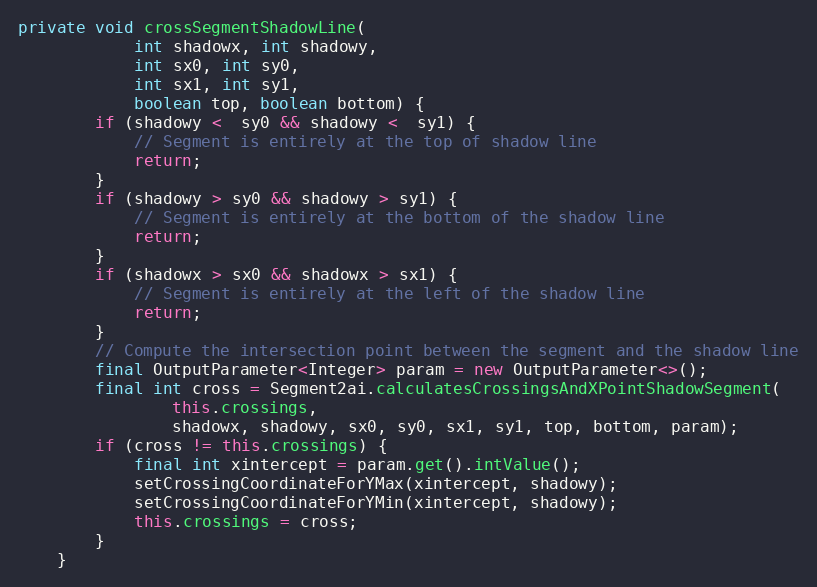
Language: Java
private void crossSegmentShadowLine(
            int shadowx, int shadowy,
            int sx0, int sy0,
            int sx1, int sy1,
            boolean top, boolean bottom) {
        if (shadowy <  sy0 && shadowy <  sy1) {
            // Segment is entirely at the top of shadow line
            return;
        }
        if (shadowy > sy0 && shadowy > sy1) {
            // Segment is entirely at the bottom of the shadow line
            return;
        }
        if (shadowx > sx0 && shadowx > sx1) {
            // Segment is entirely at the left of the shadow line
            return;
        }
        // Compute the intersection point between the segment and the shadow line
        final OutputParameter<Integer> param = new OutputParameter<>();
        final int cross = Segment2ai.calculatesCrossingsAndXPointShadowSegment(
                this.crossings,
                shadowx, shadowy, sx0, sy0, sx1, sy1, top, bottom, param);
        if (cross != this.crossings) {
            final int xintercept = param.get().intValue();
            setCrossingCoordinateForYMax(xintercept, shadowy);
            setCrossingCoordinateForYMin(xintercept, shadowy);
            this.crossings = cross;
        }
    }